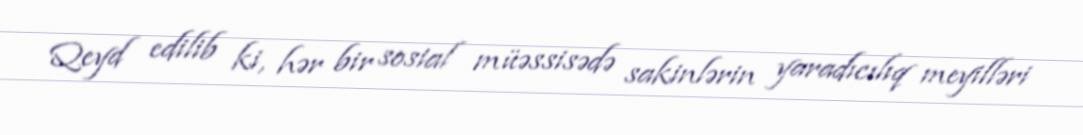
Qeyd edilib ki, hər bir sosial müəssisədə sakinlərin yaradıcılıq meyilləri